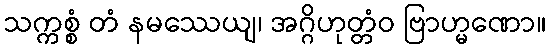
သက္ကစ္စံ တံ နမဿေယျ၊ အဂ္ဂိဟုတ္တံဝ ဗြာဟ္မဏော။